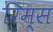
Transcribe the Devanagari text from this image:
रिम्स